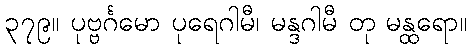
၃၇၉။ ပုဗ္ဗင်္ဂမော ပုရေဂါမီ၊ မန္ဒဂါမီ တု မန္ထရော။